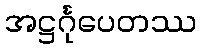
အဋ္ဌင်္ဂုပေတဿ